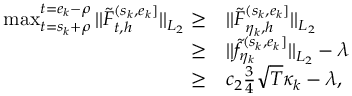
\begin{array} { r l } { \operatorname* { m a x } _ { t = s _ { k } + \rho } ^ { t = e _ { k } - \rho } \vert \vert \widetilde F _ { t , h } ^ { ( s _ { k } , e _ { k } ] } \vert \vert _ { L _ { 2 } } \ge } & { \vert \vert \widetilde F _ { \eta _ { k } , h } ^ { ( s _ { k } , e _ { k } ] } \vert \vert _ { L _ { 2 } } } \\ { \ge } & { \vert \vert \widetilde f _ { \eta _ { k } } ^ { ( s _ { k } , e _ { k } ] } \vert \vert _ { L _ { 2 } } - \lambda } \\ { \ge } & { c _ { 2 } \frac { 3 } { 4 } \sqrt { T } \kappa _ { k } - \lambda , } \end{array}